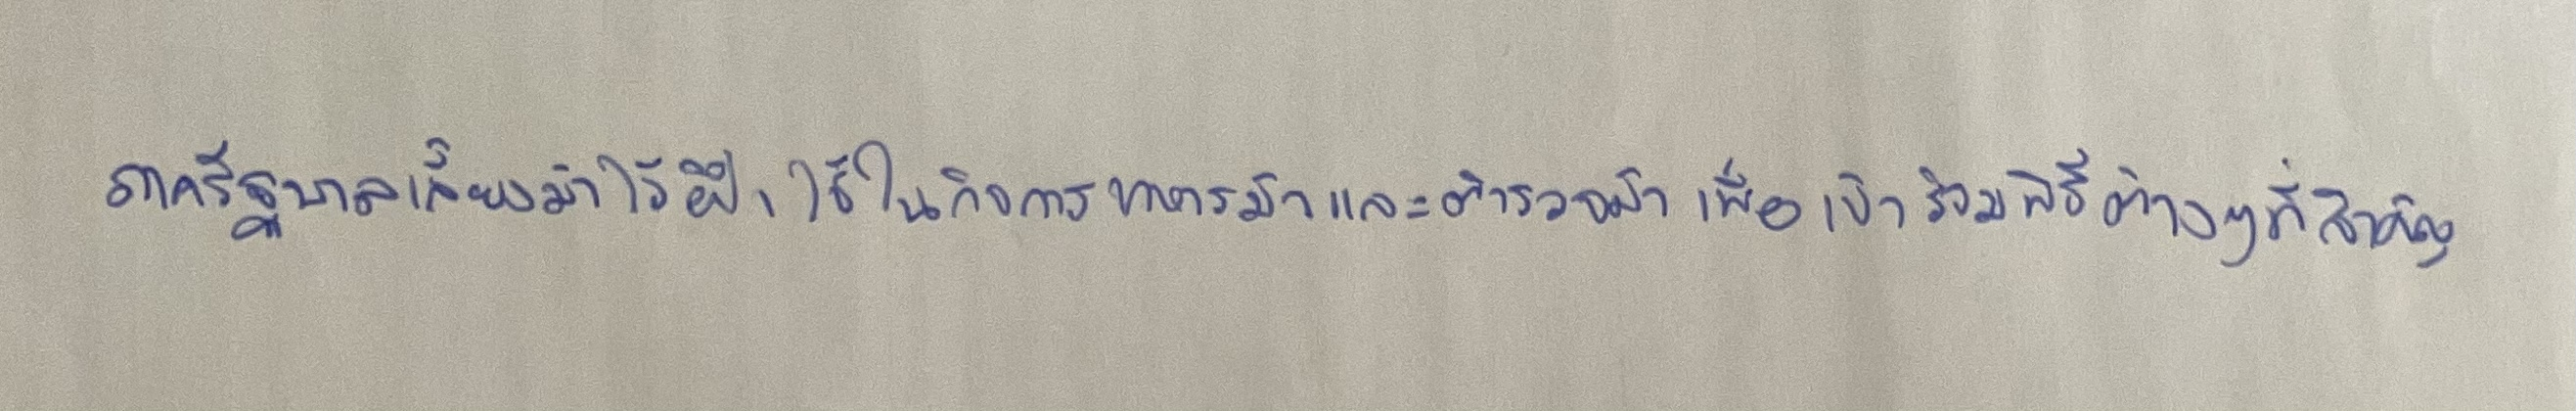
ภาครัฐบาลเลี้ยงม้าไว้ฝึกใช้ในกิจการทหารม้าและตำรวจม้าเพื่อเข้าร่วมพิธีต่างๆที่สำคัญ